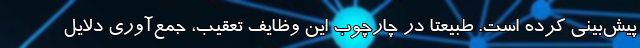
پیش‌بینی کرده است. طبیعتا در چارچوب این وظایف تعقیب، جمع‌آوری دلایل